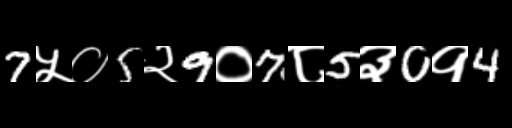
Text: 7५०5२9०7८5३0१4